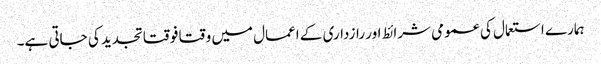
ہمارے استعمال کی عمومی شرائط اور رازداری کے اعمال میں وقتا فوقتا تجدید کی جاتی ہے۔